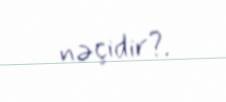
nəçidir?.